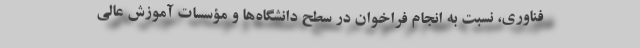
فناوری، نسبت به انجام فراخوان در سطح دانشگاه‌ها و مؤسسات آموزش عالی